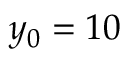
y _ { 0 } = 1 0